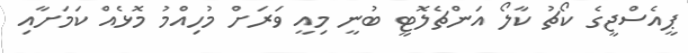
ޕީއެސްޖީގެ ކޯޗު ކާލޯ އަންޗެލޮޓީ ބުނީ މިއީ ވަރަށް މުހިއްމު މޮޅެއް ކަމަށާއި